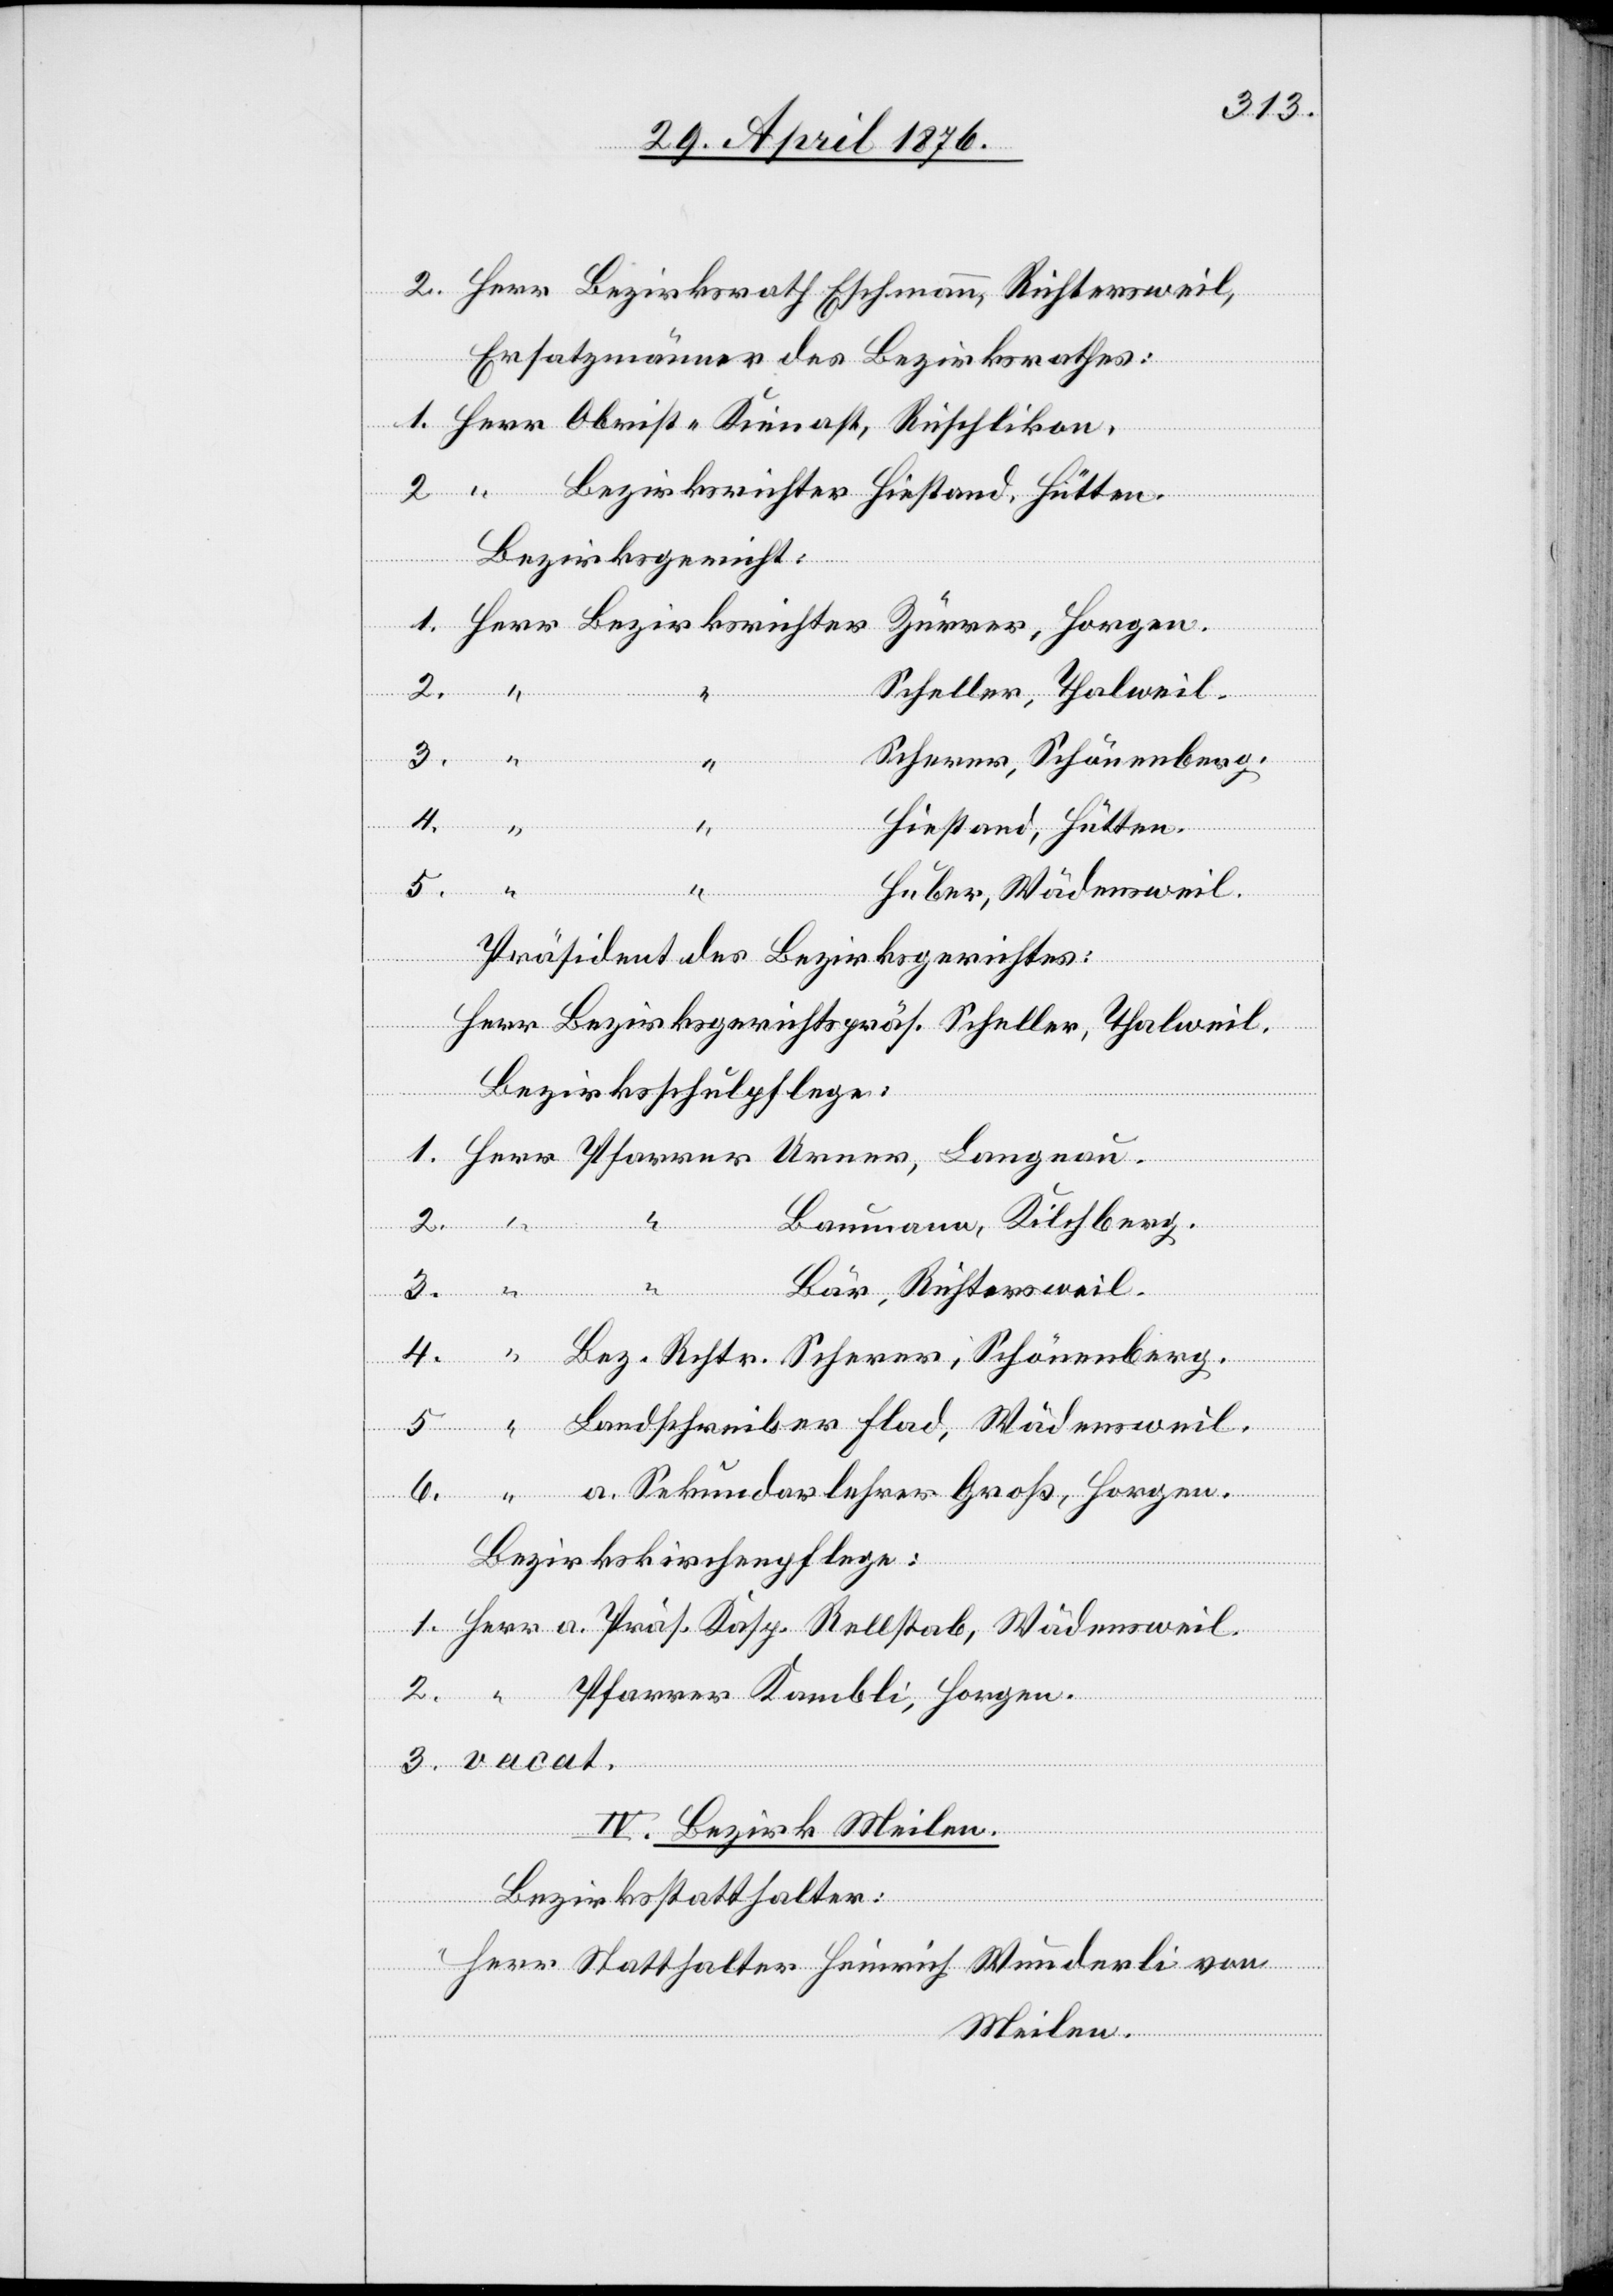
Pfarrer
Bezirksgericht:
Zürrer, Horgen.
Scheller, Thalweil.
3.
Scherer, Schönenberg.
4.
Landschrei¬
ber
Hiestand, Hütten.
1.
5.
Huber, Wädensweil.
Präsident des Bezirksgerichtes:
Herr Bezirksgerichtspräs. Scheller, Thalweil.
a.
Bezirksschulpflege:
Horgen.
6.
“
Laumann, Kilchberg.
Bär, Richtersweil.
4.
Groß,
IV. Bezirk Meilen.
Bezirksstatthalter:
Herr Statthalter Heinrich Wunderli von
Meilen.